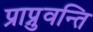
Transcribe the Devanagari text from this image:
प्राप्नुवन्ति